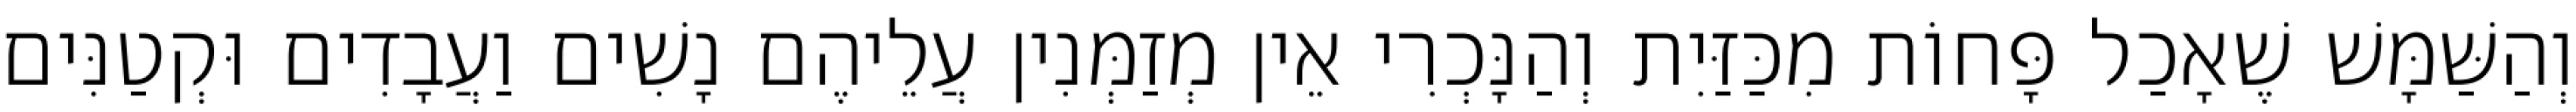
וְהַשַּׁמָּשׁ שֶׁאָכַל פָּחוֹת מִכַּזַּיִת וְהַנָּכְרִי אֵין מְזַמְּנִין עֲלֵיהֶם נָשִׁים וַעֲבָדִים וּקְטַנִּים